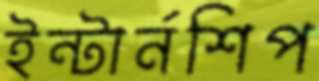
ইন্টার্নশিপ